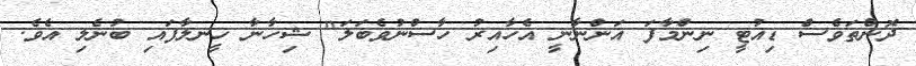
ދޮންތަވެސް ޑިއުޓީ ނިންމާފަ އަންނާނީ އެހާއިރު ހާސްނުވެބަލަ" ޝިހާނާ ހީނލާފައި ބުނެލި އެވެ.